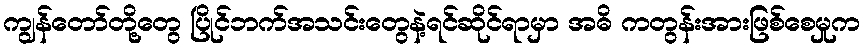
ကျွန်တော်တို့တွေ ပြိုင်ဘက်အသင်းတွေနဲ့ရင်ဆိုင်ရာမှာ အဓိ ကတွန်းအားဖြစ်စေမှုက